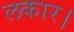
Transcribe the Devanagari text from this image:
लकार।